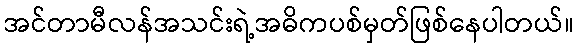
အင်တာမီလန်အသင်းရဲ့အဓိကပစ်မှတ်ဖြစ်နေပါတယ်။